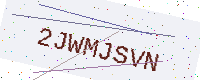
Text: 2JWMJSVN